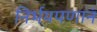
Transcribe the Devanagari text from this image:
निर्भयपणानं